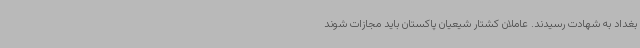
بغداد به شهادت رسیدند. عاملان کشتار شیعیان پاکستان باید مجازات شوند